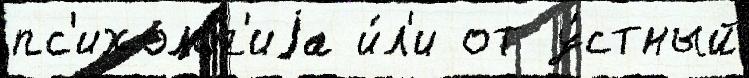
пс'ихоло́г'иjа и́л'и от у́стный